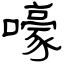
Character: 嚎